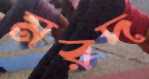
মরদ